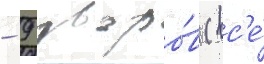
- 9 дворо́в (вс'е́